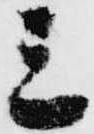
三